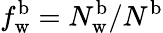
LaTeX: f_{\mathrm{w}}^{\mathrm{b}}=N_{\mathrm{w}}^{\mathrm{b}}/N^{\mathrm{b}}